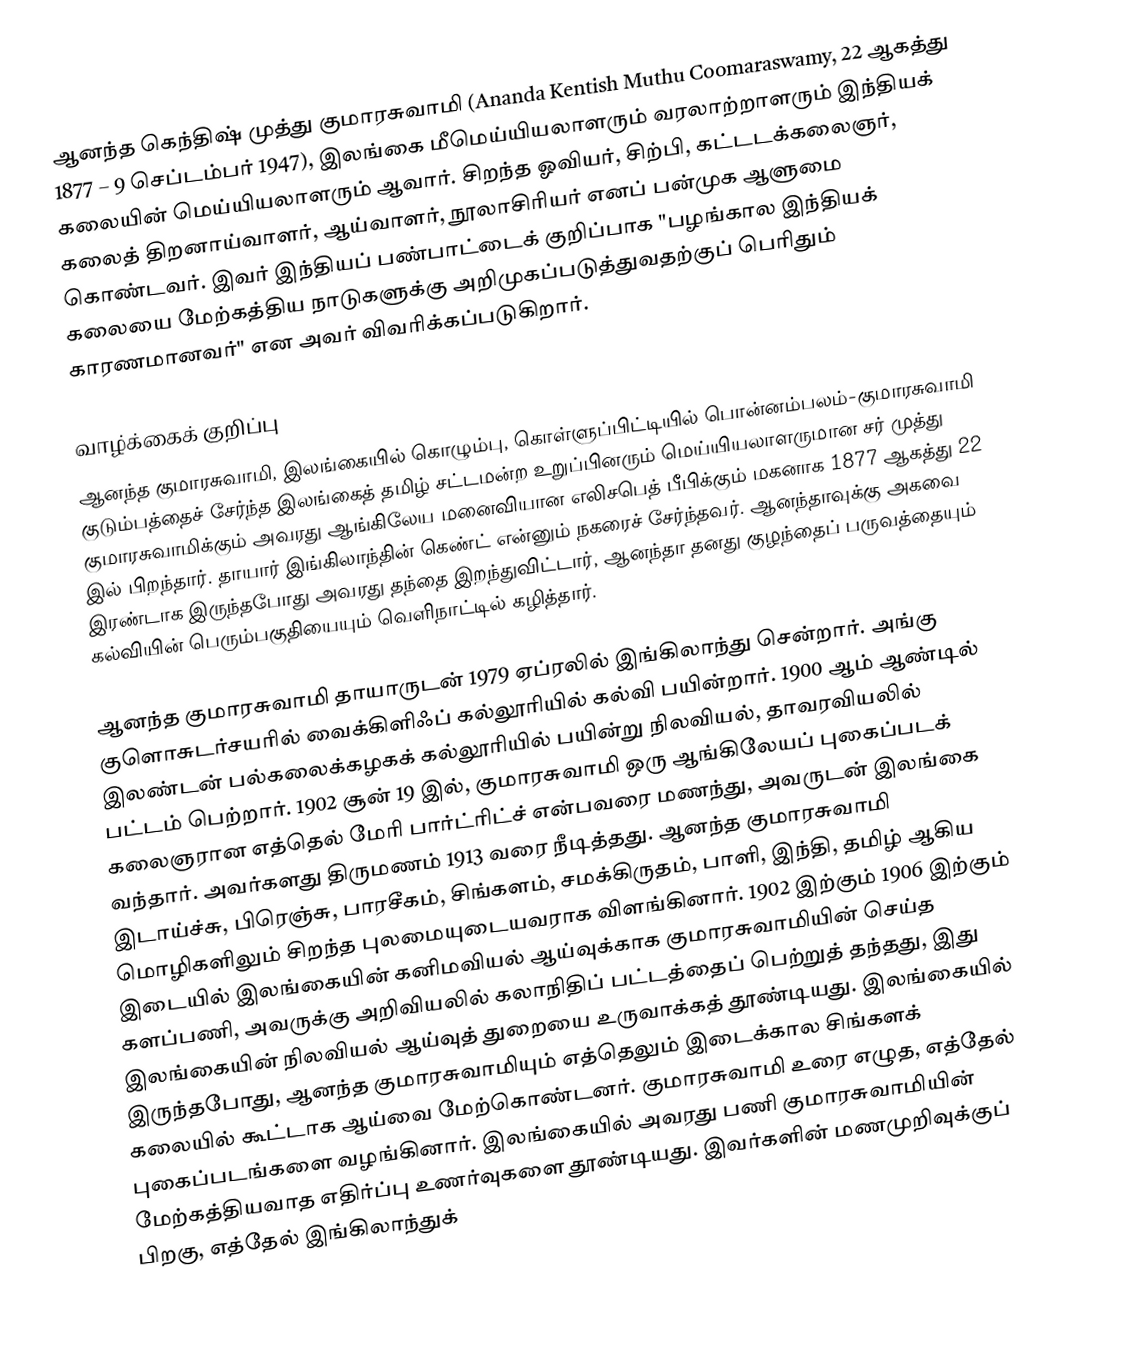
ஆனந்த கெந்திஷ் முத்து குமாரசுவாமி (Ananda Kentish Muthu Coomaraswamy, 22 ஆகத்து 1877 – 9 செப்டம்பர் 1947), இலங்கை மீமெய்யியலாளரும் வரலாற்றாளரும் இந்தியக் கலையின் மெய்யியலாளரும் ஆவார். சிறந்த ஓவியர், சிற்பி, கட்டடக்கலைஞர், கலைத் திறனாய்வாளர், ஆய்வாளர், நூலாசிரியர் எனப் பன்முக ஆளுமை கொண்டவர். இவர் இந்தியப் பண்பாட்டைக் குறிப்பாக "பழங்கால இந்தியக் கலையை மேற்கத்திய நாடுகளுக்கு அறிமுகப்படுத்துவதற்குப் பெரிதும் காரணமானவர்" என அவர் விவரிக்கப்படுகிறார்.

வாழ்க்கைக் குறிப்பு
ஆனந்த குமாரசுவாமி, இலங்கையில் கொழும்பு, கொள்ளுப்பிட்டியில் பொன்னம்பலம்-குமாரசுவாமி குடும்பத்தைச் சேர்ந்த இலங்கைத் தமிழ் சட்டமன்ற உறுப்பினரும் மெய்யியலாளருமான சர் முத்து குமாரசுவாமிக்கும் அவரது ஆங்கிலேய மனைவியான எலிசபெத் பீபிக்கும் மகனாக 1877 ஆகத்து 22 இல் பிறந்தார். தாயார் இங்கிலாந்தின் கெண்ட் என்னும் நகரைச் சேர்ந்தவர். ஆனந்தாவுக்கு அகவை இரண்டாக இருந்தபோது அவரது தந்தை இறந்துவிட்டார், ஆனந்தா தனது குழந்தைப் பருவத்தையும் கல்வியின் பெரும்பகுதியையும் வெளிநாட்டில் கழித்தார்.

ஆனந்த குமாரசுவாமி தாயாருடன் 1979 ஏப்ரலில் இங்கிலாந்து சென்றார். அங்கு குளொசுடர்சயரில் வைக்கிளிஃப் கல்லூரியில் கல்வி பயின்றார். 1900 ஆம் ஆண்டில் இலண்டன் பல்கலைக்கழகக் கல்லூரியில் பயின்று நிலவியல், தாவரவியலில் பட்டம் பெற்றார். 1902 சூன் 19 இல், குமாரசுவாமி ஒரு ஆங்கிலேயப் புகைப்படக் கலைஞரான எத்தெல் மேரி பார்ட்ரிட்ச் என்பவரை மணந்து, அவருடன் இலங்கை வந்தார். அவர்களது திருமணம் 1913 வரை நீடித்தது. ஆனந்த குமாரசுவாமி இடாய்ச்சு, பிரெஞ்சு, பாரசீகம், சிங்களம், சமக்கிருதம், பாளி, இந்தி, தமிழ் ஆகிய மொழிகளிலும் சிறந்த புலமையுடையவராக விளங்கினார். 1902 இற்கும் 1906 இற்கும் இடையில் இலங்கையின் கனிமவியல் ஆய்வுக்காக குமாரசுவாமியின் செய்த களப்பணி, அவருக்கு அறிவியலில் கலாநிதிப் பட்டத்தைப் பெற்றுத் தந்தது, இது இலங்கையின் நிலவியல் ஆய்வுத் துறையை உருவாக்கத் தூண்டியது. இலங்கையில் இருந்தபோது, ஆனந்த குமாரசுவாமியும் எத்தெலும் இடைக்கால சிங்களக் கலையில் கூட்டாக ஆய்வை மேற்கொண்டனர். குமாரசுவாமி உரை எழுத, எத்தேல் புகைப்படங்களை வழங்கினார். இலங்கையில் அவரது பணி குமாரசுவாமியின் மேற்கத்தியவாத எதிர்ப்பு உணர்வுகளை தூண்டியது. இவர்களின் மணமுறிவுக்குப் பிறகு, எத்தேல் இங்கிலாந்துக்